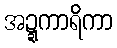
အဍ္ဍကာရိကာ